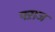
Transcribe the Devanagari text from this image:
फ्ऱाज